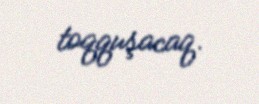
toqquşacaq.